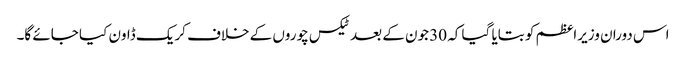
اس دوران وزیراعظم کو بتایا گیا کہ 30 جون کے بعد ٹیکس چوروں کے خلاف کریک ڈاون کیا جائے گا۔